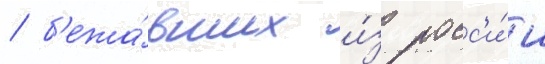
/ б'ежа́вших и́з росс'и́и